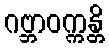
ဂဗ္ဘာဝက္ကန္တိ